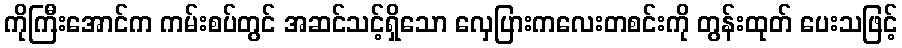
ကိုကြီးအောင်က ကမ်းစပ်တွင် အဆင်သင့်ရှိသော လှေပြားကလေးတစင်းကို တွန်းထုတ် ပေးသဖြင့်